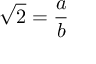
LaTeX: { \sqrt { 2 } } = { \frac { a } { b } }